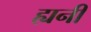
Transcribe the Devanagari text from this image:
ह्यनी